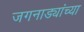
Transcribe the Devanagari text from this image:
जगनाड्यांच्या